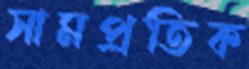
সামপ্রতিক